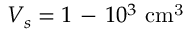
V _ { s } = 1 \mathrm { ~ - ~ } 1 0 ^ { 3 } ~ \mathrm { c m ^ { 3 } }